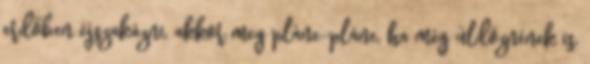
erdőben éjszakázni, akkor meg pláne-pláne, ha még üldöznének is,